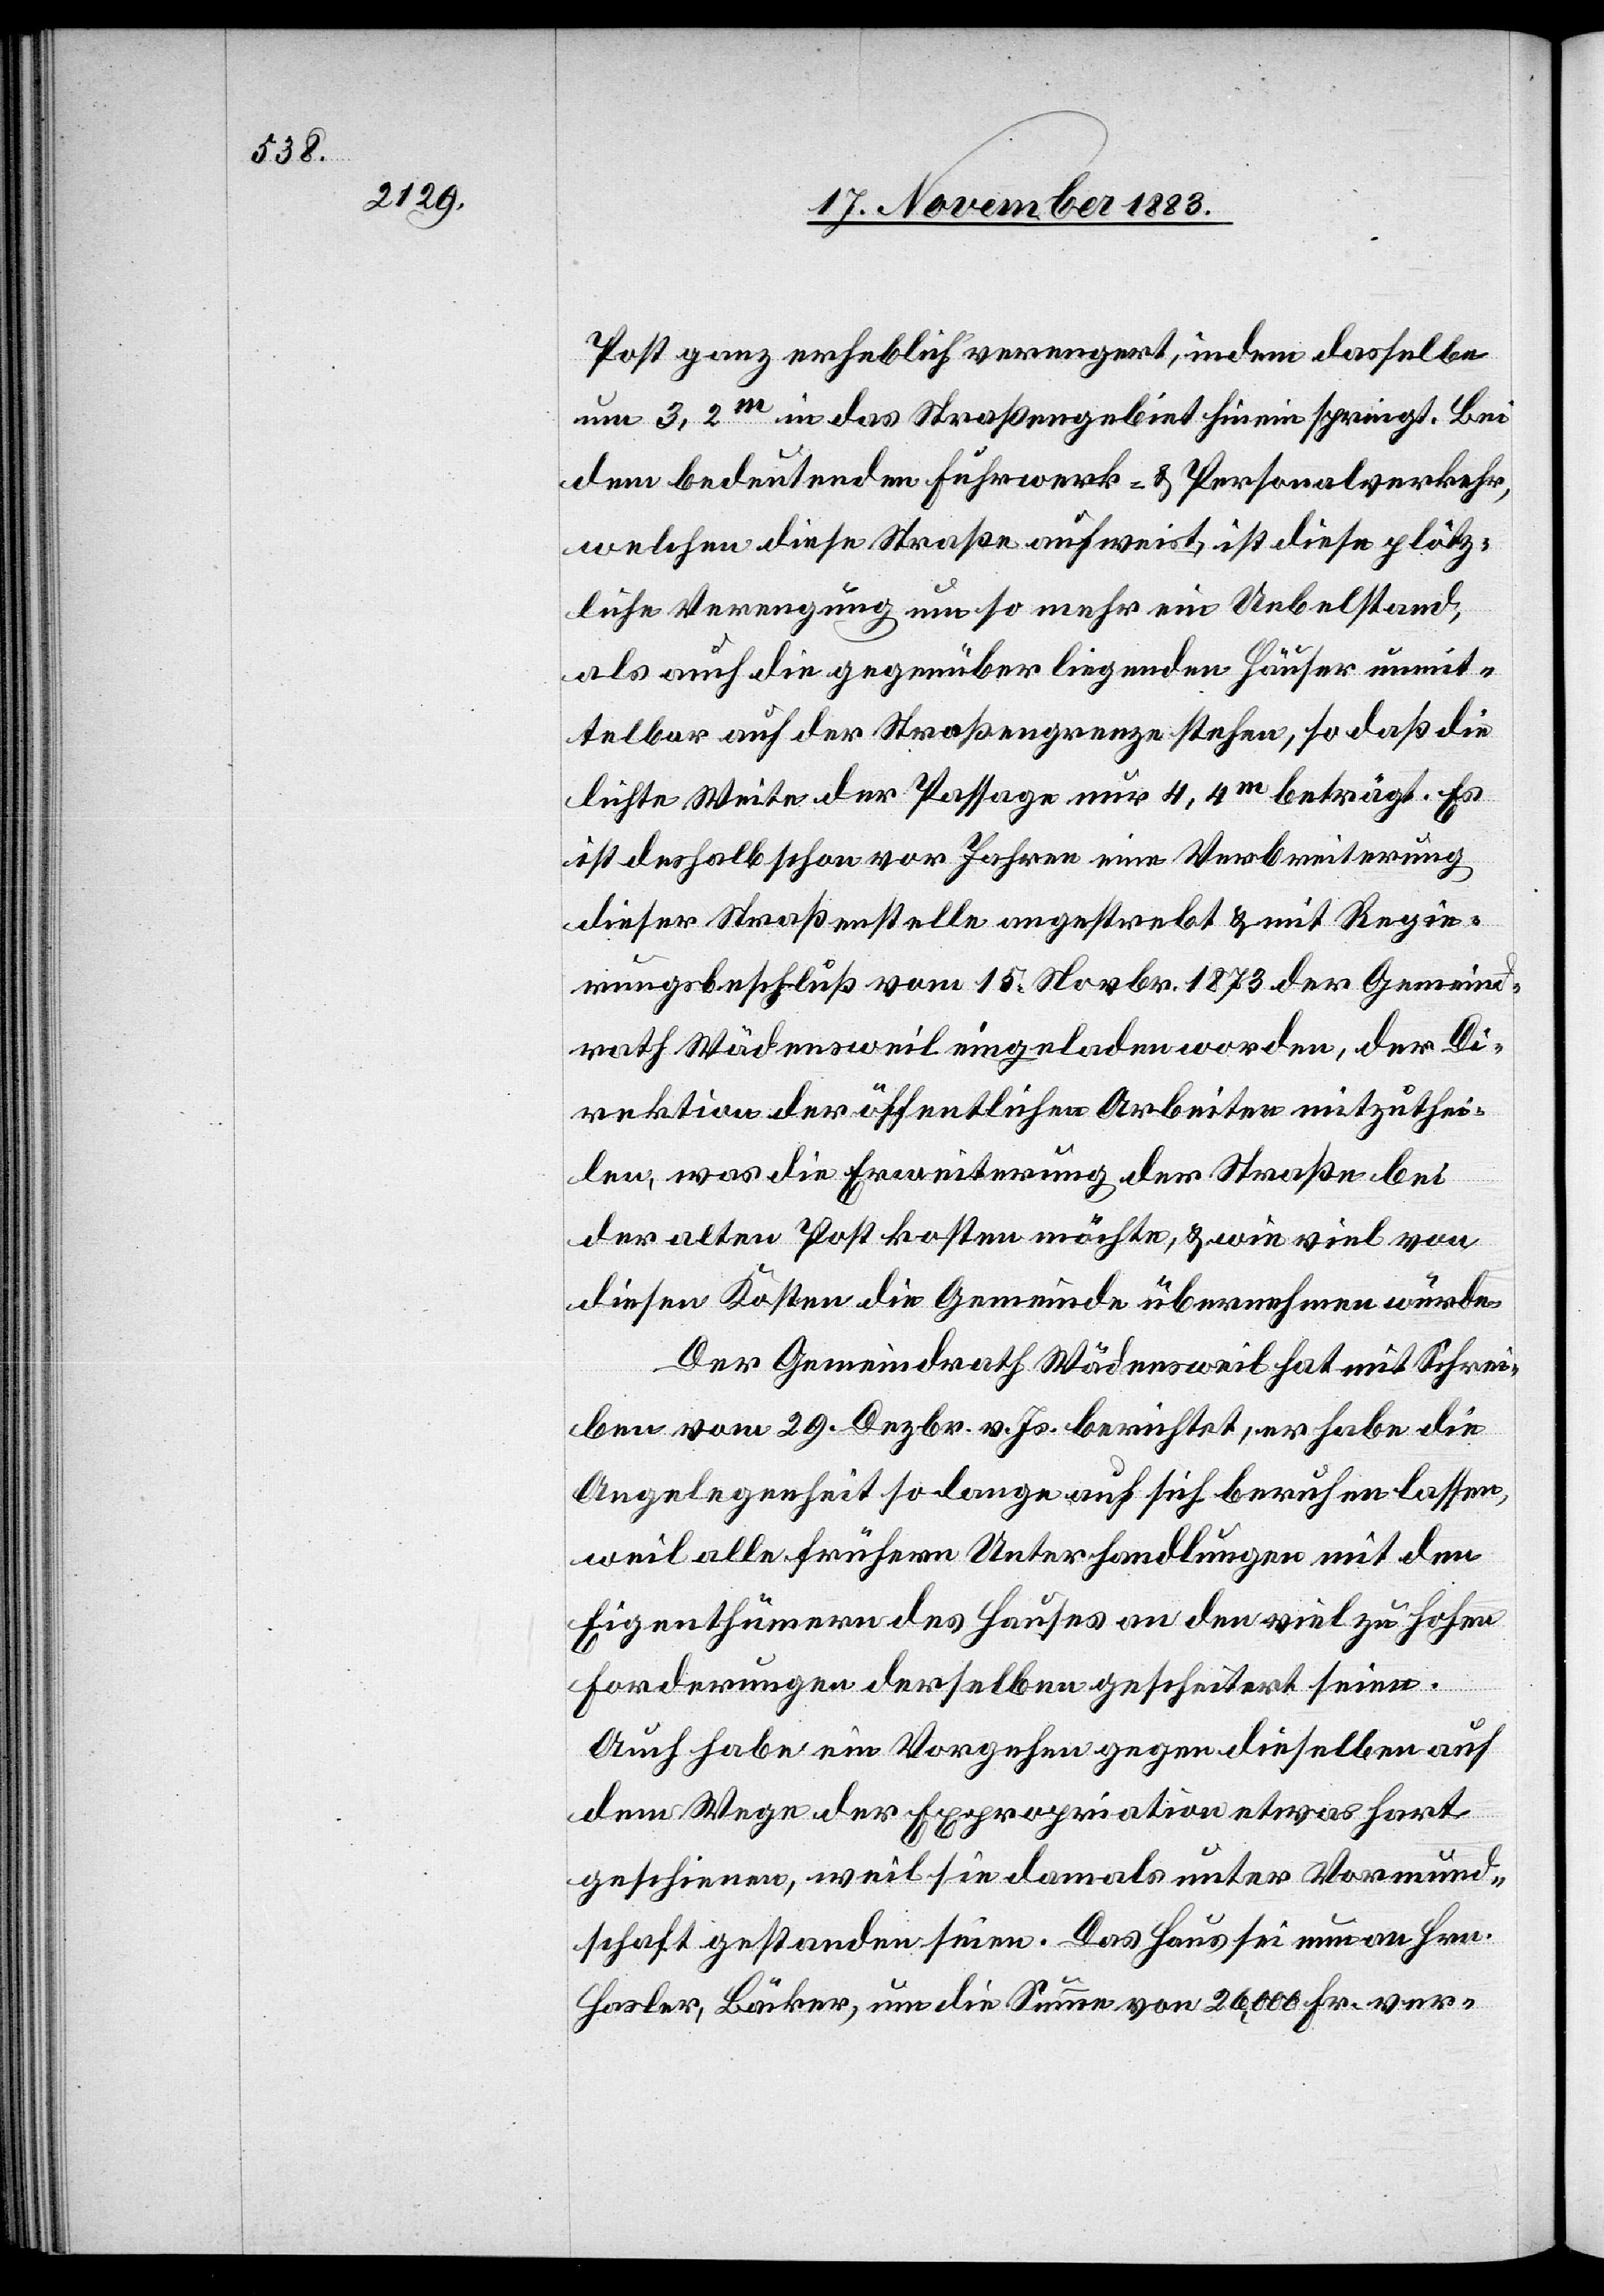
Post ganz erheblich verringert, indem dasselbe
um 3,2m in das Straßengebiet hinein springt. Bei
dem bedeutenden Fuhrwerk- & Personalverkehr,
welchen diese Straße aufweist, ist diese plötz¬
liche Verengung um so mehr ein Uebelstand,
als auch die gegenüberliegenden Häuser unmit¬
telbar auf der Straßengrenze stehen, so daß die
lichte Weite der Passage nur 4,4m beträgt. Es
ist deshalb schon vor Jahren eine Verbreiterung
dieser Straßenstelle angestrebt & mit Regie¬
rungsbeschluß vom 15. Novbr. 1873 der Gemeind¬
rath Wädensweil eingeladen worden, der Di¬
rektion der öffentlichen Arbeiten mitzuthei¬
len, was die Erweiterung der Straße bei
der alten Post kosten möchte, & wie viel von
diesen Kosten die Gemeinde übernehmen würde.
Der Gemeindrath Wädensweil hat mit Schrei¬
ben vom 29. Dezbr. v. Js. berichtet, er habe die
Angelegenheit so lange auf sich beruhen lassen,
weil alle frühern Unterhandlungen mit den
Eigenthümern des Hauses an den viel zu hohen
Forderungen derselben gescheitert seien.
Auch habe ein Vorgehen gegen dieselben auf
dem Wege der Expropriation etwas hart
geschienen, weil sie damals unter Vormund¬
schaft gestanden seien. Das Haus sei nun an Hrn.
Hasler, Bäcker, um die Summe von 26,000 Fr. ver-